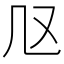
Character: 𠘫